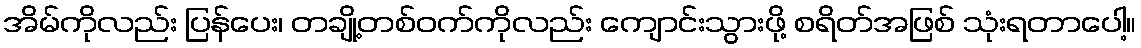
အိမ်ကိုလည်း ပြန်ပေး၊ တချို့တစ်ဝက်ကိုလည်း ကျောင်းသွားဖို့ စရိတ်အဖြစ် သုံးရတာပေါ့။